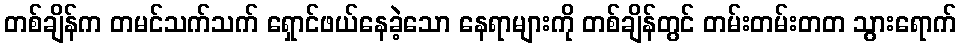
တစ်ချိန်က တမင်သက်သက် ရှောင်ဖယ်နေခဲ့သော နေရာများကို တစ်ချိန်တွင် တမ်းတမ်းတတ သွားရောက်